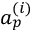
a _ { p } ^ { ( i ) }